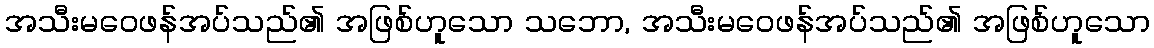
အသီးမဝေဖန်အပ်သည်၏ အဖြစ်ဟူသော သဘော, အသီးမဝေဖန်အပ်သည်၏ အဖြစ်ဟူသော